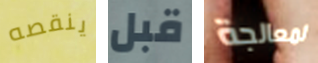
ينقصه قبل لمعالجة